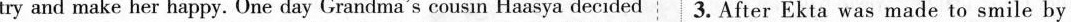
try and make her happy. One day Grandma's cousin Haasya decided 3. After Ekta was made to smile by